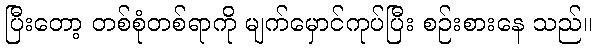
ပြီးတော့ တစ်စုံတစ်ရာကို မျက်မှောင်ကုပ်ပြီး စဉ်းစားနေ သည်။